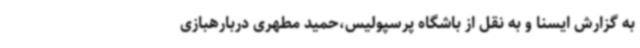
به گزارش ایسنا و به نقل از باشگاه پرسپولیس،حمید مطهری دربارهبازی